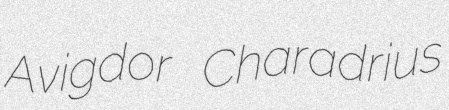
Avigdor Charadrius